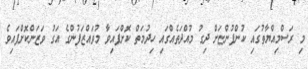
މި ރަސްމިއްޔާތުގައި ކުންފުންޏަށް ދިގު މުއްދަތެއްގައި ހިދުމަތް ކޮށްފައިވާ މުވައްޒަފުންގެ އަގު ވަޒަންކޮށްފައިވެ